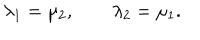
\lambda _ { 1 } = \mu _ { 2 } , \qquad \lambda _ { 2 } = \mu _ { 1 } .